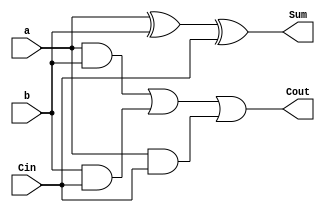
module FA (
    input  a,
    input  b,
    input Cin,
    output  Sum,
    output Cout
);

    assign Sum = a ^ b ^ Cin;  // Sum output
    assign Cout = (a & b) | (b & Cin) | (a & Cin); // Carry-out
endmodule